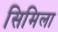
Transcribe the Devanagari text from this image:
सिमिला